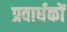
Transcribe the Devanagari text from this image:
प्रवार्धकों